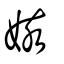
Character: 姟